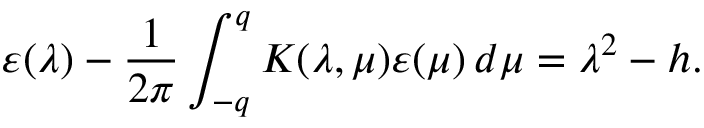
\varepsilon ( \lambda ) - \frac { 1 } { 2 \pi } \int _ { - q } ^ { q } K ( \lambda , \mu ) \varepsilon ( \mu ) \, d \mu = \lambda ^ { 2 } - h .